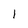
Character: 1